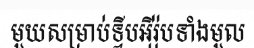
មួយសម្រាប់ទ្វីបអ៊ីរ៉ុបទាំងមួល